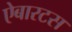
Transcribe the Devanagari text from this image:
ऐबारटस